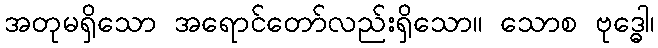
အတုမရှိသော အရောင်တော်လည်းရှိသော။ သောစ ဗုဒ္ဓေါ၊